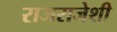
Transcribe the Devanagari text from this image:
राजराजेशी